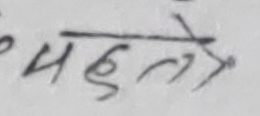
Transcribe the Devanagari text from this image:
पहिले